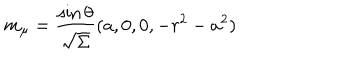
m _ { \mu } = \frac { \sin \theta } { \sqrt { \Sigma } } ( a , 0 , 0 , - r ^ { 2 } - a ^ { 2 } )